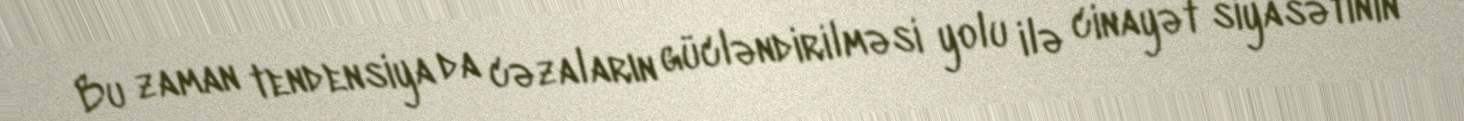
Bu zaman tendensiya da cəzaların gücləndirilməsi yolu ilə cinayət siyasətinin